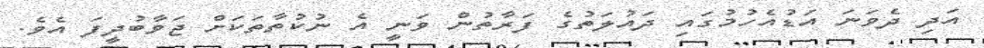
އަދި ދެވަނަ އަޑުއެހުމުގައި ދައުލަތުގެ ފަރާތުން ވަނީ އެ ނުކުތާތަކަށް ޖަވާބުދީފަ އެވެ.